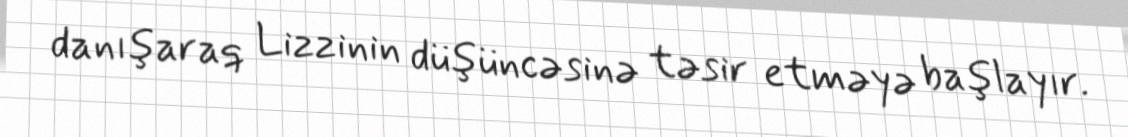
danışaraq Lizzinin düşüncəsinə təsir etməyə başlayır.